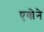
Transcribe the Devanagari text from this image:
एबोने